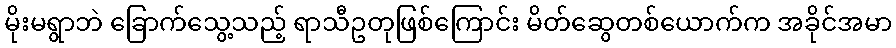
မိုးမရွာဘဲ ခြောက်သွေ့သည့် ရာသီဥတုဖြစ်ကြောင်း မိတ်ဆွေတစ်ယောက်က အခိုင်အမာ